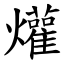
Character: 爟